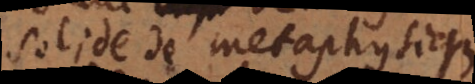
solide de metaphysique